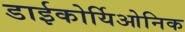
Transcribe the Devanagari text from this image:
डाईकोर्यिओनिक